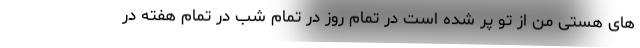
های هستی من از تو پر شده است در تمام روز در تمام شب در تمام هفته در